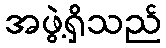
အဖွဲ့ရှိသည်